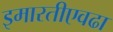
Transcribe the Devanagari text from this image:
इमारतीएवढा